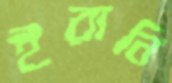
ইরানি